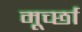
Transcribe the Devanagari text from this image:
मूर्च्‍छा